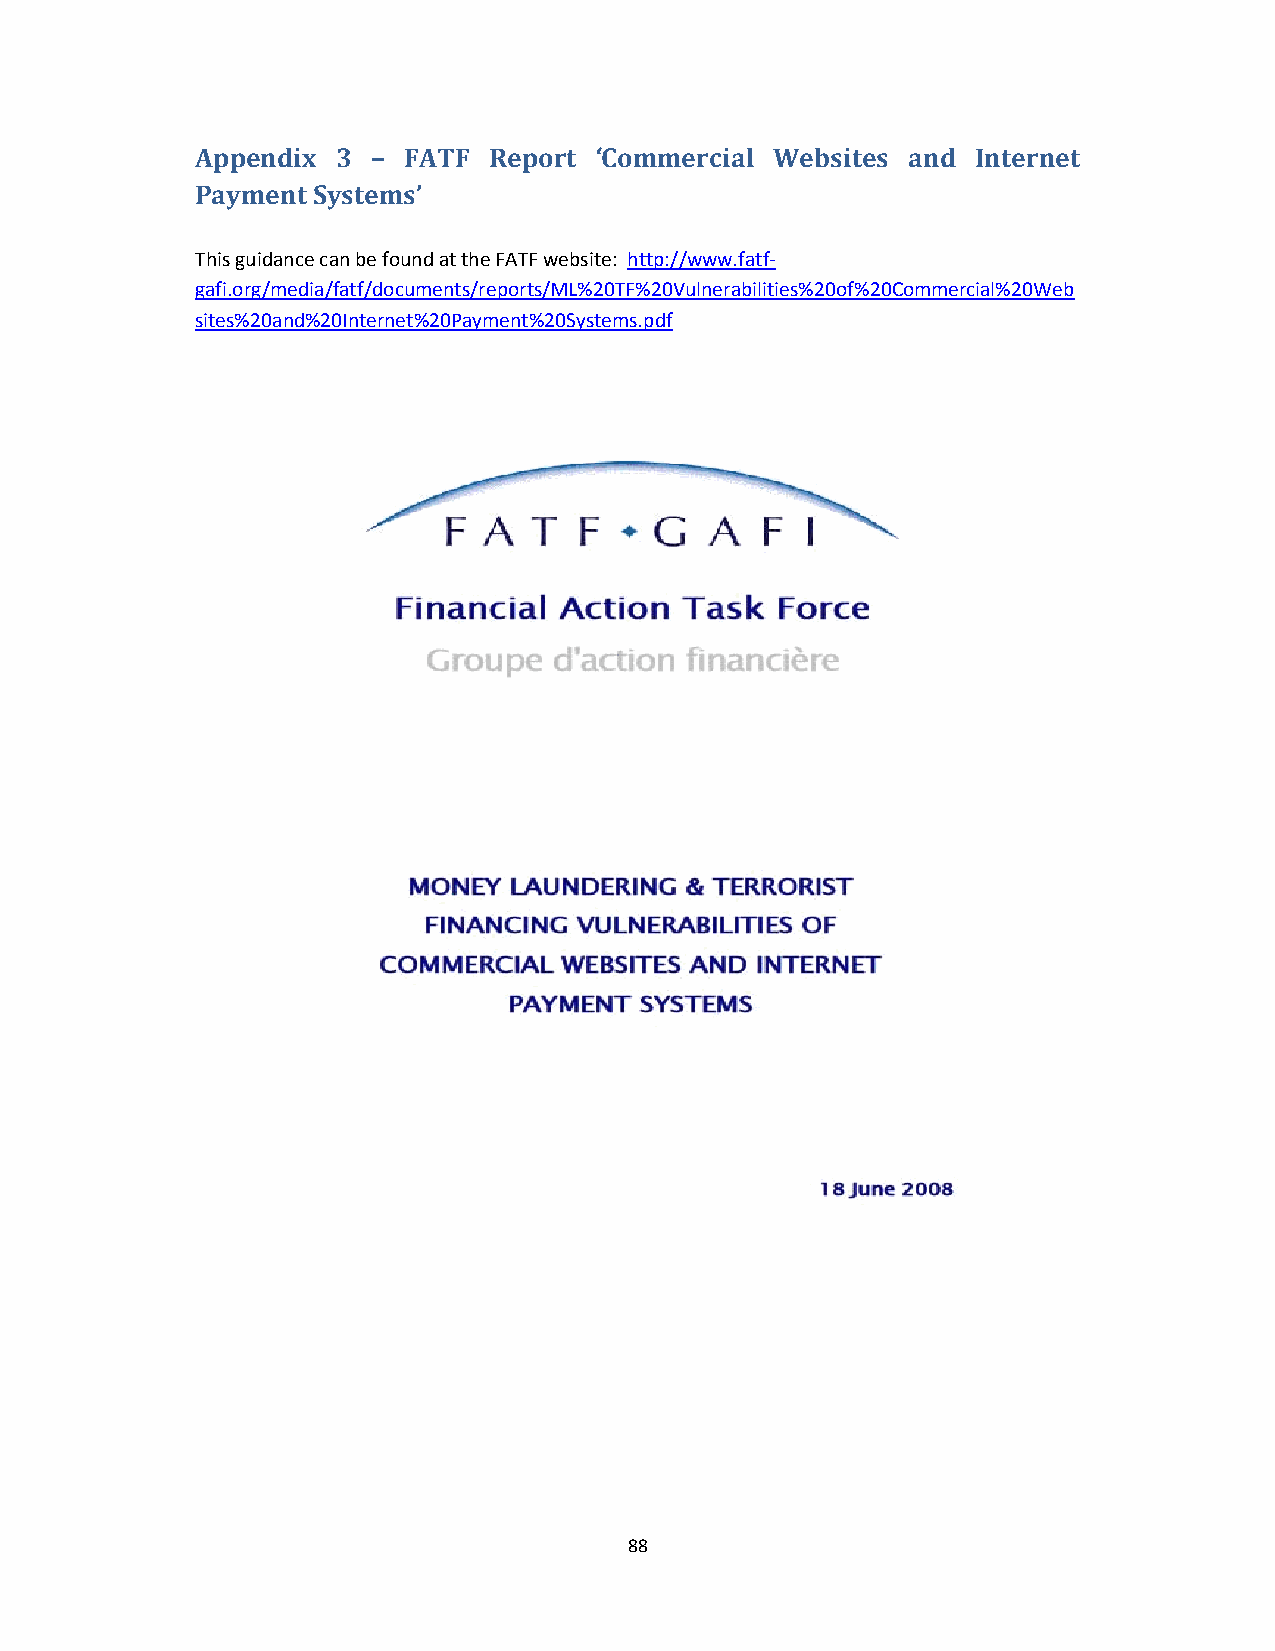
Appendix 3  – FATF Report ‘Commercial Websites and  Internet
 Payment Systems’
 This guidance can be found at the FATF website: http://www.fatf‐
 gafi.org/media/fatf/documents/reports/ML%20TF%20Vulnerabilities%20of%20Commercial%20Web
 sites%20and%20Internet%20Payment%20Systems.pdf
 88